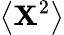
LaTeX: \left<\mathbf{X}^{2}\right>